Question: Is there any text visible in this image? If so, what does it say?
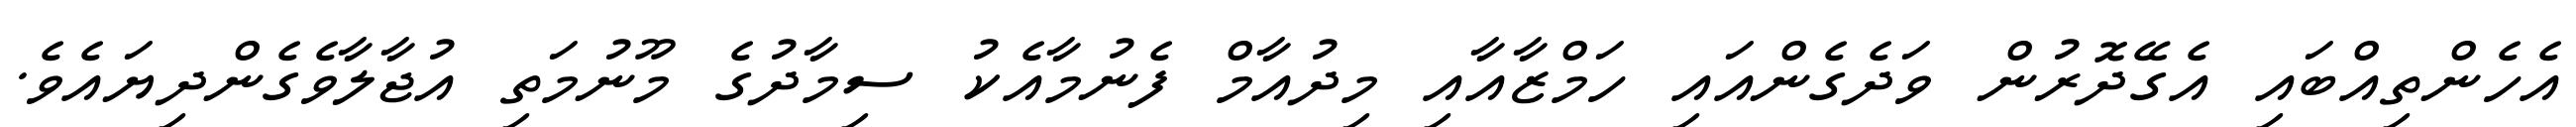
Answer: އެހެންތިއްބައި އެގޭދޮރުން ވަދެގެންއައި ހަމްޒާއާއި މިދުއާމް ފެނުމާއެކު ސިމާދުގެ މޫނުމަތި އުޖާލާވެގެންދިޔައެވެ.